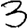
Digit: 3